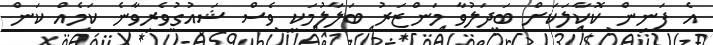
އެ ފަނިން ކޮކާލަކަށް ބަދަލުވާ މަންޒަރު ބަލާލުމަކީ ވެސް ޝައުގުވެރިވާނެ ކަމެއް ކަން